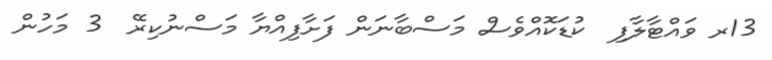
13ރ ވައްޓާލާފި  ކުޑަކޮއްވެސް މަސްބާނަން ފަށާފިއްޔާ މަސްނުކިރޭ  3 މަހުން